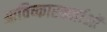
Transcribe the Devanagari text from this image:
आविष्कारकर्ताओं